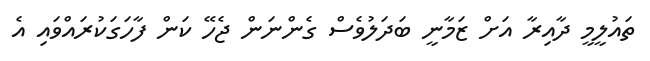
ތައުލީމީ ދާއިރާ އަށް ޒަމާނީ ބަދަލުވެސް ގެންނަން ޖެހޭ ކަން ފާހަގަކުރައްވައި އެ